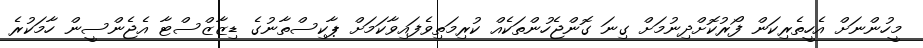
މީހުންނަށް އެހީތެރިކަން ފޯރުކޮށްދިނުމަށް ގިނަ ގޮންޖެހުންތަކެއް ކުރިމަތިވެފައިވާކަމަށް ޕާކިސްތާނުގެ ޑިޒާޒްސްޓާ އެޖެންސީން ހާމަކުރެ